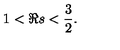
1 < \Re s < \frac { 3 } { 2 } .